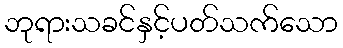
ဘုရားသခင်နှင့်ပတ်သက်သော